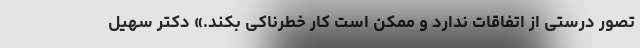
تصور درستی از اتفاقات ندارد و ممکن است کار خطرناکی بکند.» دکتر سهیل